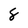
Character: 8